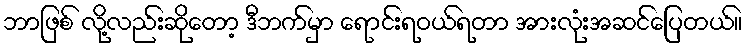
ဘာဖြစ် လို့လည်းဆိုတော့ ဒီဘက်မှာ ရောင်းရဝယ်ရတာ အားလုံးအဆင်ပြေတယ်။